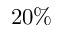
2 0 \%